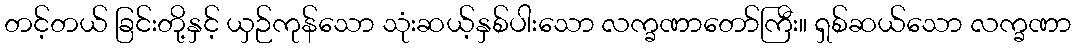
တင့်တယ် ခြင်းတို့နှင့် ယှဉ်ကုန်သော သုံးဆယ့်နှစ်ပါးသော လက္ခဏာတော်ကြီး။ ရှစ်ဆယ်သော လက္ခဏာ